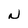
Character: N